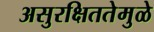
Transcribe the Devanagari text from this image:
असुरक्षिततेमुळे